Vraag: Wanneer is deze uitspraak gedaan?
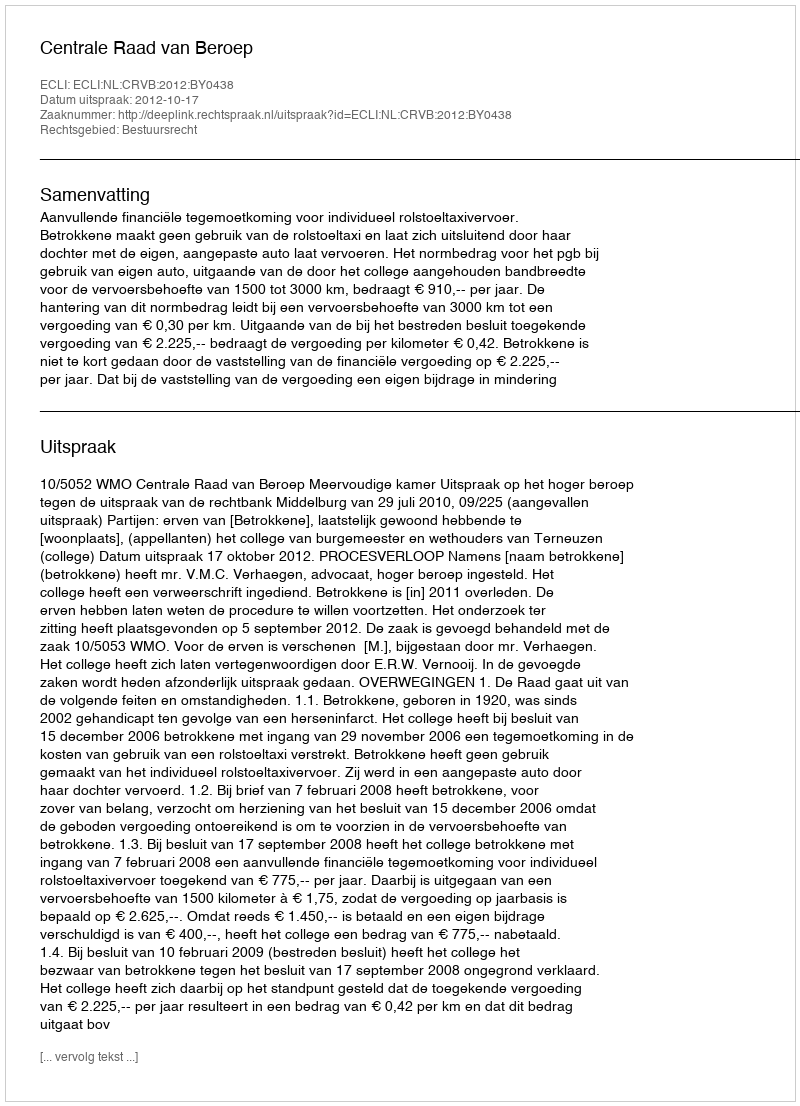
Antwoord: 2012-10-17